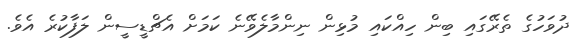
ދުވަހުގެ ތެރޭގައި ބިން ހިއްކައި މުޅިން ނިންމާލެވޭނެ ކަމަށް އެޗްޑީސީން ލަފާކުރެ އެވެ.